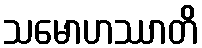
သမောဟဿာတိ